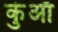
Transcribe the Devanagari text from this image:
कुंआँ